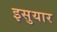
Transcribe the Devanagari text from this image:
इसुयार